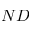
N D